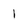
Character: I